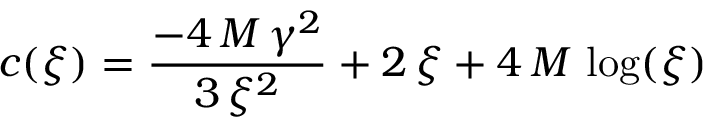
c ( \xi ) = { \frac { - 4 \, M \, { { \gamma } ^ { 2 } } } { 3 \, { { \xi } ^ { 2 } } } } + 2 \, \xi + 4 \, M \, \log ( \xi )